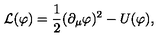
\mathcal { L } ( \varphi ) = { \frac { 1 } { 2 } } ( { \partial _ { \mu } \varphi } ) ^ { 2 } - U ( \varphi ) ,